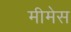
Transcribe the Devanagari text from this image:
मीमेस